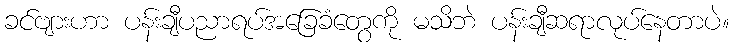
ခင်ဗျားဟာ ပန်းချီပညာရပ်အခြေခံတွေကို မသိဘဲ ပန်းချီဆရာလုပ်နေတာပဲ။